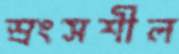
স্রংসশীল